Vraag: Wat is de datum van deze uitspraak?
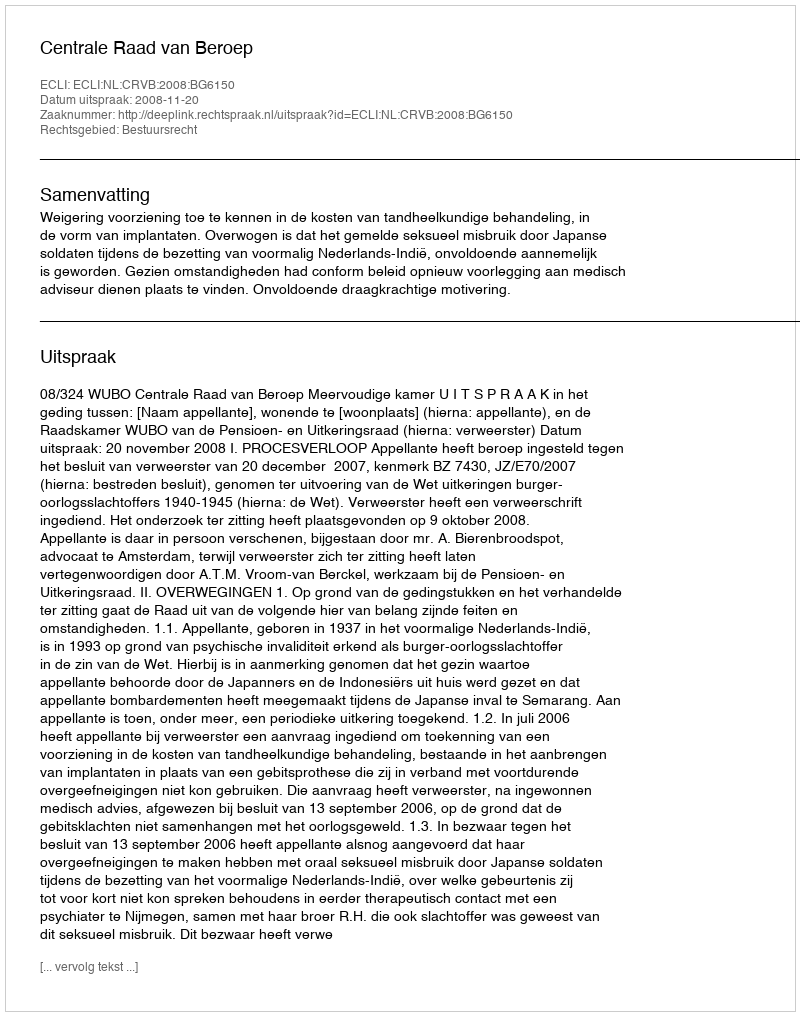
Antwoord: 2008-11-20